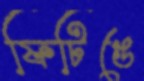
ফিটিঙে